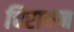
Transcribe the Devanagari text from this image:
चिरायन